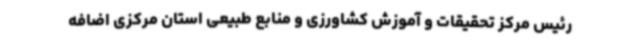
رئیس مرکز تحقیقات و آموزش کشاورزی و منابع طبیعی استان مرکزی اضافه